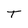
Character: T